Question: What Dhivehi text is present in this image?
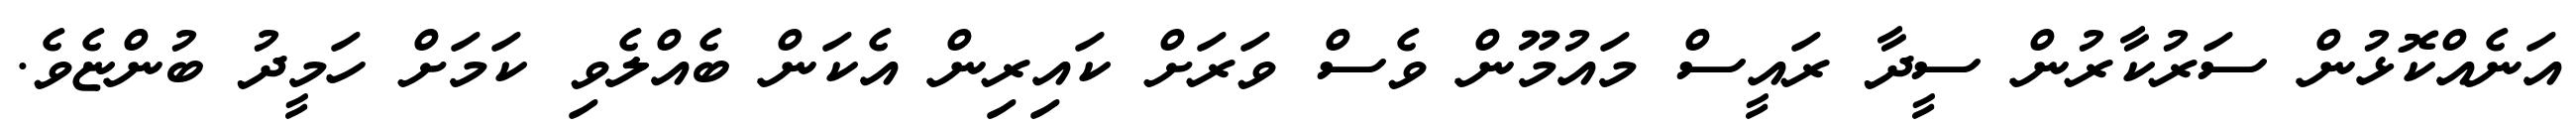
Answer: އަނެއްކޮޅުން ސަރުކާރުން ސީދާ ރައީސް މައުމޫން ވެސް ވަރަށް ކައިރިން އެކަން ބެއްލެވި ކަމަށް ހަމީދު ބުންޏެވެ.